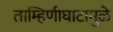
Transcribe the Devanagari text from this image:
ताम्हिणीघाटामुळे